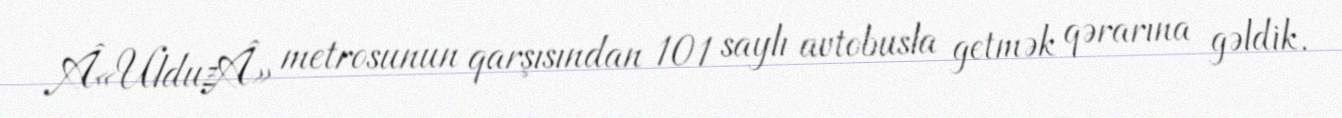
Â«UlduzÂ» metrosunun qarşısından 101 saylı avtobusla getmək qərarına gəldik.